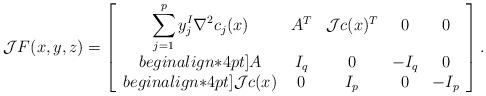
LaTeX: \begin{align*}{\cal J} F(x,y,z)=\left[\begin{array}{ccccc}\displaystyle \sum_{j=1}^{p}y^I_j\nabla^2 c_j(x) & A^T & {\cal J}c(x)^T & 0 & 0\\begin{align*}4pt]A & I_q & 0 & -I_q & 0\\begin{align*}4pt]{\cal J}c(x) & 0 &I_p & 0 & -I_p\end{array}\right]. \end{align*}